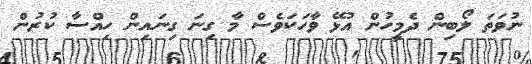
ނުވަތަ ލޯބިން ދެމީހުން އުޅޭ ވާހަކަވެސް މާ ގިނަ ގިނައިން ހިއްސާ ކުރުން